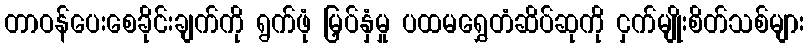
တာဝန်ပေးစေခိုင်းချက်ကို ရွက်ဖုံ မြှပ်နှံမှု ပထမရွှေတံဆိပ်ဆုကို ငှက်မျိုးစိတ်သစ်များ